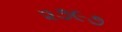
૨૭૯૭